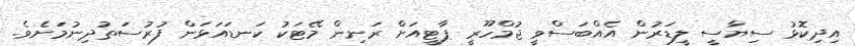
އިދިކޮޅު ސިޔާސީ ލީޑަރުން އެއްބަސްވީ ޖުމްހޫރީ ޕާޓީއަށް ރަނިން މޭޓަކު ކަނޑައަޅަން ފުރުސަތުދިނުމަށެވެ.